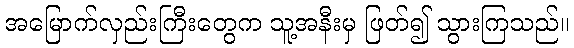
အမြောက်လှည်းကြီးတွေက သူ့အနီးမှ ဖြတ်၍ သွားကြသည်။